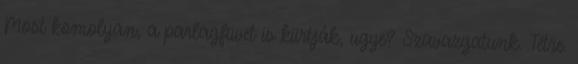
Most komolyan, a parlagfüvet is kiirtják, ugye? Szavazgatunk. Tétre.